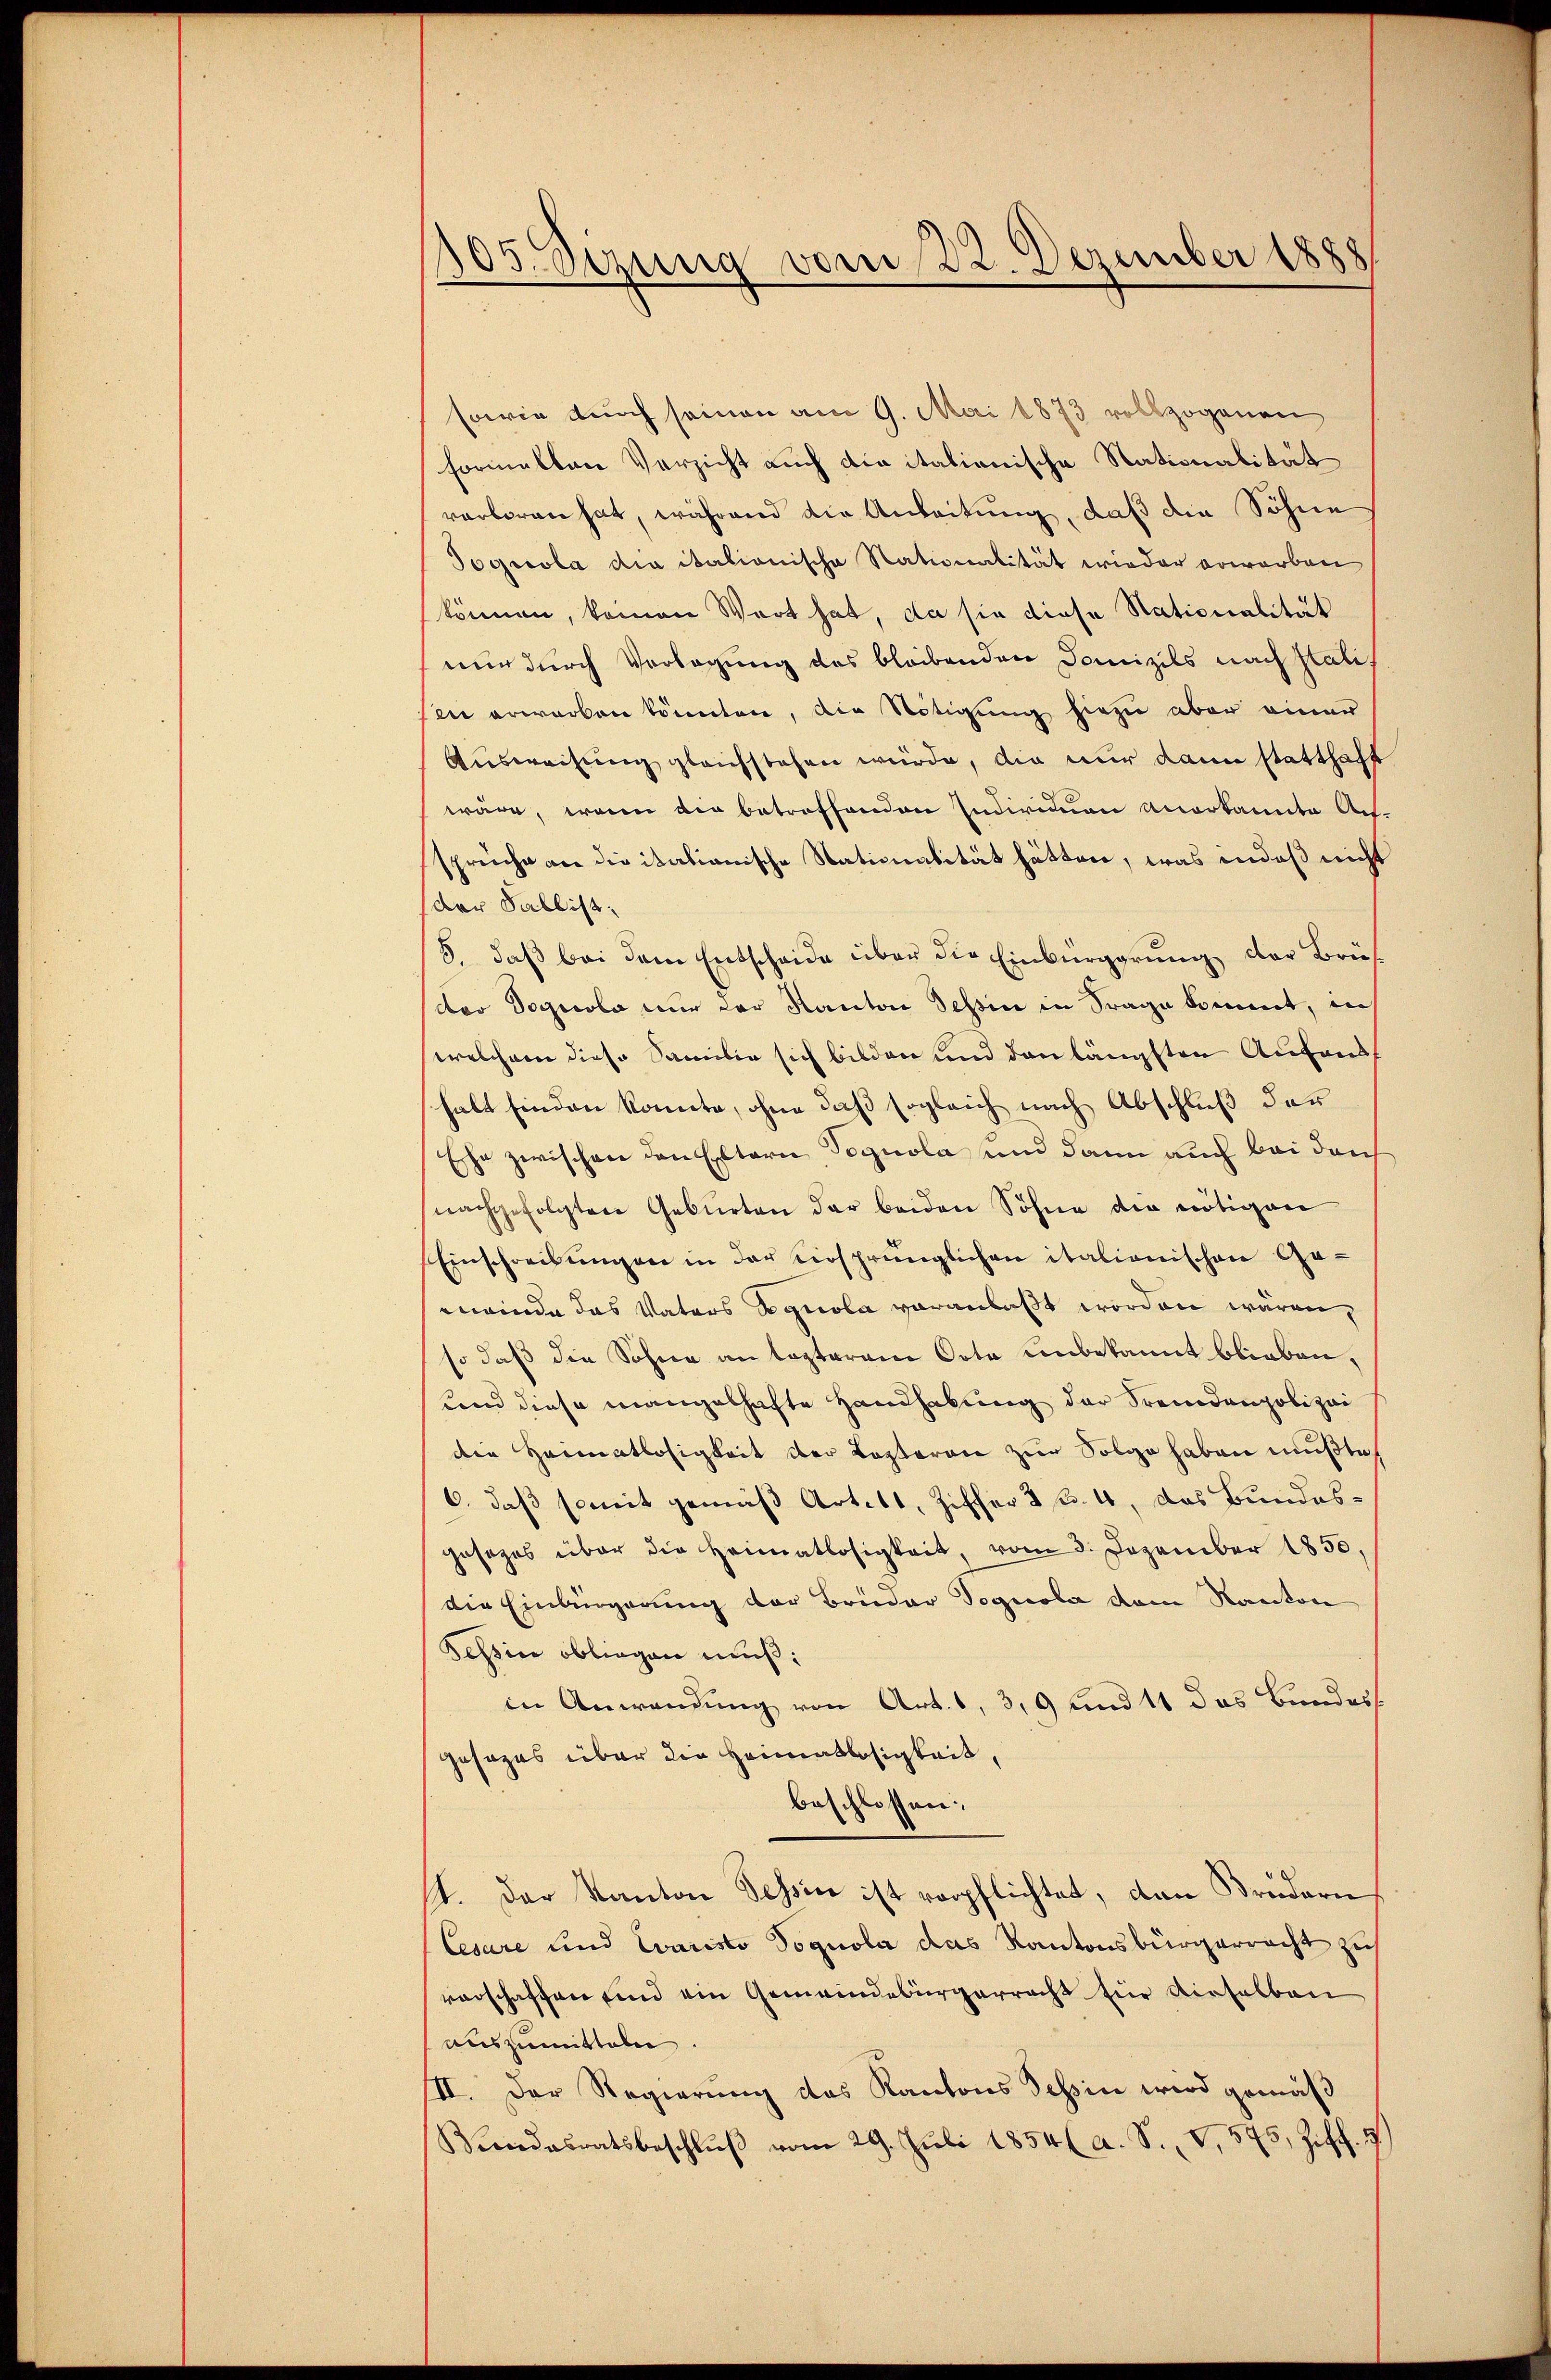
105. Sizung vom 22. Dezember 1888

sowie durch seinen am 9. Mai 1873 vollzogenen
formelten Versicht auch die italionische Stationalität
verloren hat, während die Anleitung, daß die Söhne
Tognola die italionische Nationalität wieder erworben
können, keinen Wert hat, da sie diese Nationalität
mir durch Vorlegung des bleibenden Domizils nach Palif
sin erworben könnten, die Nötigung hiezu aber einer
Ausweisung gleichstehen würde, die nur dann statthaft
wäre, wenn die betreffenden Individuen anerkannte Ausspreche an die itationische Stationalität hätten, was indeß nicht
der Sallist
8, daß bei dem Entscheide über die Einbürgerung der Brüs
dor Vogecolo nur der Kanton Tessin in Frage kommt, in
welchem diese Samilie sich bilden und den längsten Aufend
halt finden konnte, ohne daß sogleich nach Abschluß der
Esche zwischen den Eltern Vognola und dann auch bei durch
nachgefolgten Geburten der beiden Söhne die nötigen
Einschreibungen in der versprünglichen italionischen Geenwinde das Vaters Agnola veranlaßt worden wären,
so daß die Sohne an lasterren Orte unbekannt blieben,
uend diese mangelhafte Handhabung der Fremdenpolizei
die Heimatlosigkeit der Kosteren zur Folge haben mußte
6. daß somit gemäß Artilt, Ziffer 2 l. 4, das Bundesgesezes über die Heimatlosigkeit, vom 3. Dezember 1850,
die Einbürgerung der Bruder Dogicola dem Kanton
Tessin obliegen muß:
in Anwendung von Art. 1, 3,9 und 11 das Bundes
gesezes über die Heimatlosigkeit,
beschlossen:
st. Der Kanton Tessin ist verpflichtet, dann Brudern
Cesare und Evaristo Doquola das Kantonsbürgerracht zu
vorschaffen sind ein Gemeindebürgerracht für dieselben
auszumitteln
II. Der Regierung des Kantons Schin wird gemäß
Rendesratsbeschlŭβ vom 29. Juli 1854 (a. S. V, 575, Ziff.